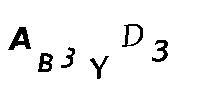
AB3YD3